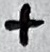
Text: +